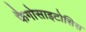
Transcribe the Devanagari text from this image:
फैगोसाइटोसिस